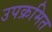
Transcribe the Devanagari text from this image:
उपक्रमित